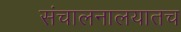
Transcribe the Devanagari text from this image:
संचालनालयातच